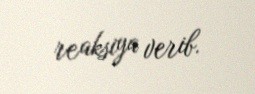
reaksiya verib.